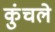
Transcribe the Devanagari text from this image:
कुंचले